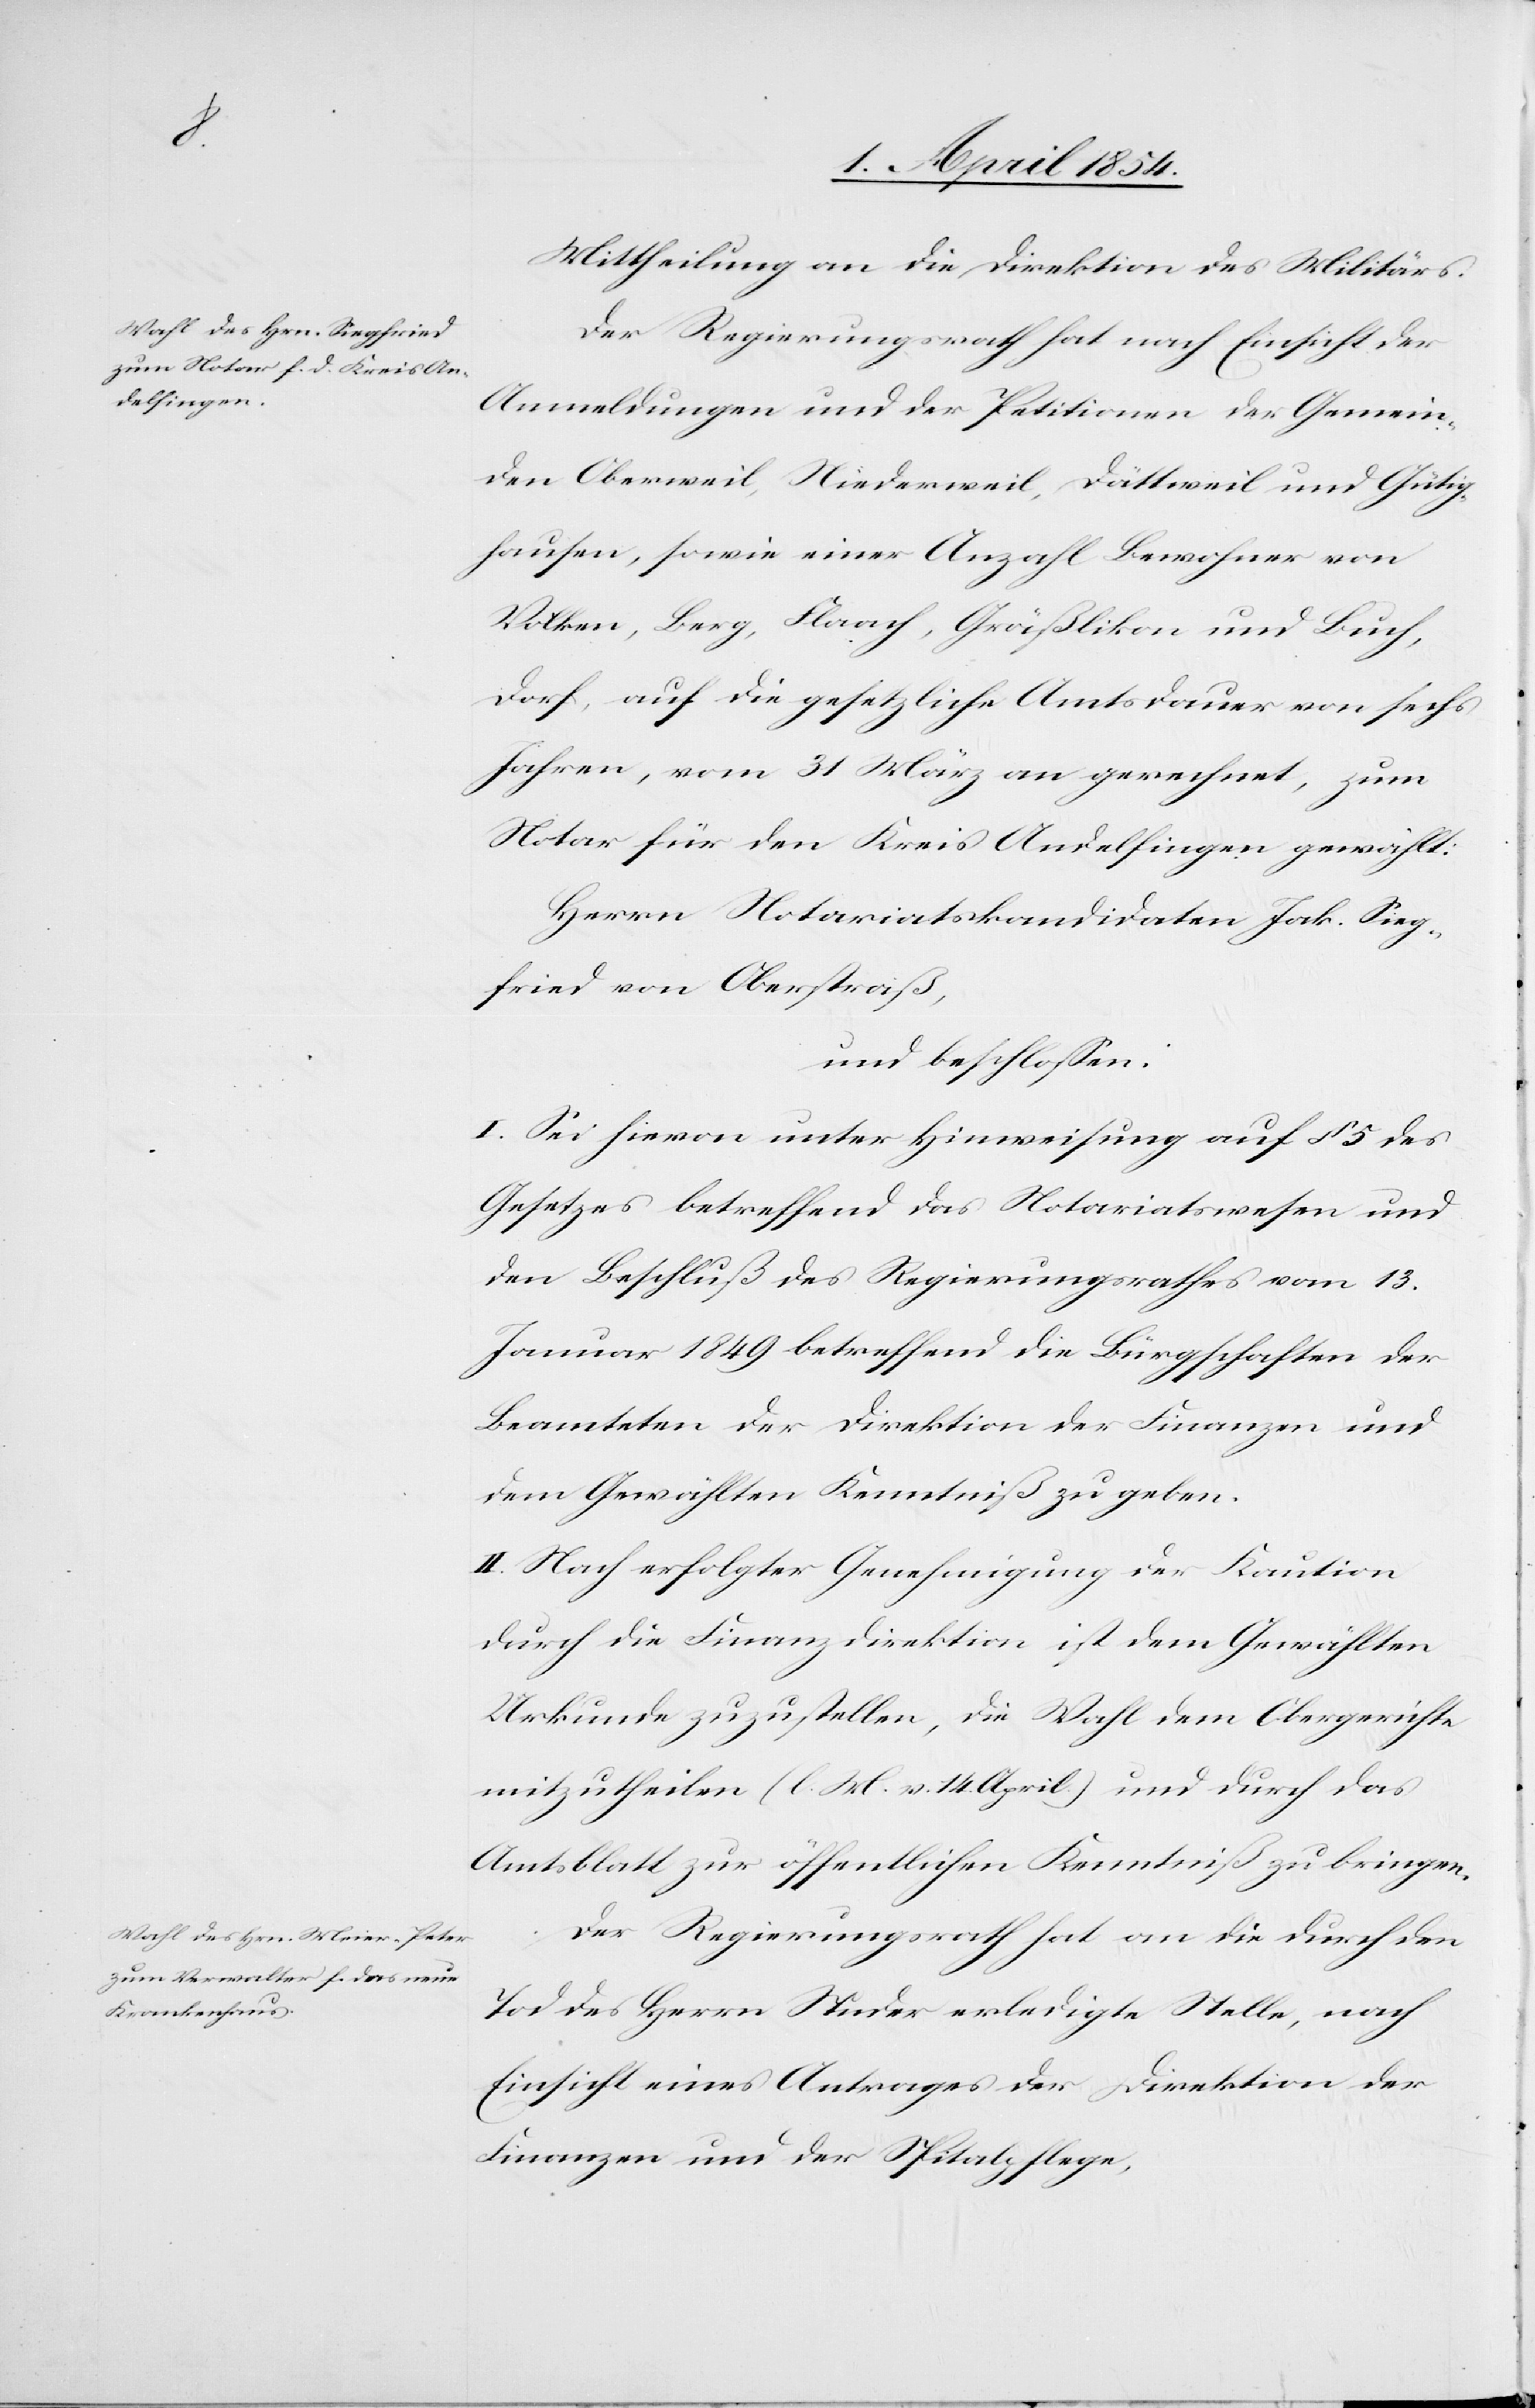
Mittheilung an die Direktion des Militärs.
Der Regierungsrath hat nach Einsicht der
Anmeldungen und der Petitionen der Gemein¬
den Oberweil, Niederweil, Dättweil und Gütig¬
hausen, sowie einer Anzahl Bewohner von
Volken, Berg, Flaach, Gräßlikon und Buch,
Dorf, auf die gesetzliche Amtsdauer von sechs
Jahren, vom 31 März an gerechnet, zum
Notar für den Kreis Andelfingen gewählt:
Herrn Notariatskandidaten Jak. Sieg¬
fried von Oberstraß,
und beschloßen:
I. Sei hievon unter Hinweisung auf § 5 des
Gesetzes betreffend das Notariatswesen und
den Beschluß des Regierungsrathes vom 13.
Januar 1849 betreffend die Bürgschaften der
Beamteten der Direktion der Finanzen und
dem Gewählten Kenntniß zu geben.
II. Nach erfolgter Genehmigung der Kaution
durch die Finanzdirektion ist dem Gewählten
Urkunde zuzustellen, die Wahl dem Obergerichte
mitzutheilen (l. M. v. 14. April.) und durch das
Amtsblatt zur öffentlichen Kenntniß zu bringen.
Der Regierungsrath hat an die durch den
Tod des Herrn Nieder erledigte Stelle, nach
Einsicht eines Antrages der Direktion der
Finanzen und der Spitalpflege,